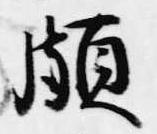
頗